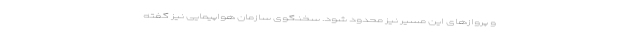
و پروازهای این مسیر نیز محدود شود. سخنگوی سازمان هواپیمایی نیز گفته